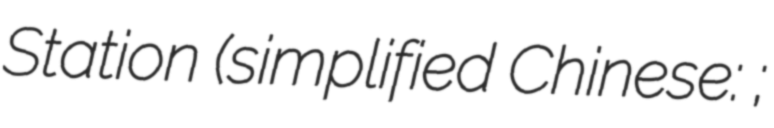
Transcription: Station (simplified Chinese: 朝阳门站;